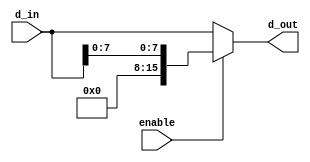
module zeroExtend(input [15:0] d_in, input enable, output reg [15:0] d_out);

	always@(*) begin

		if(enable)
			d_out = {8'b00000000, d_in[7:0]};
		else
			d_out = d_in; 

	end

endmodule